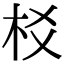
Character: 𣏠